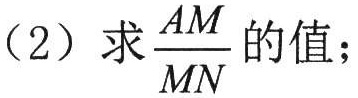
（2）求\(\frac{AM}{MN}\)的值；